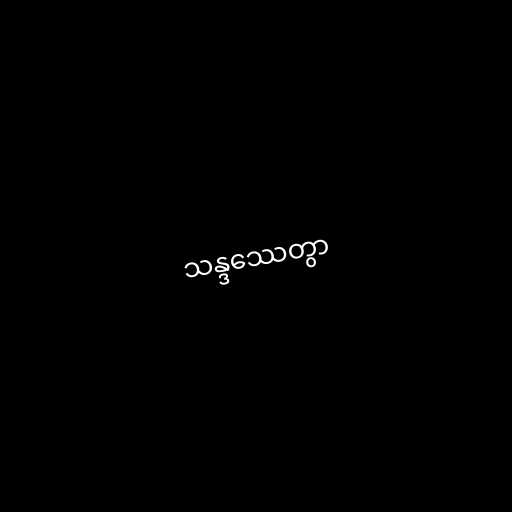
သန္ဒဿေတွာ